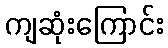
ကျဆုံးကြောင်း